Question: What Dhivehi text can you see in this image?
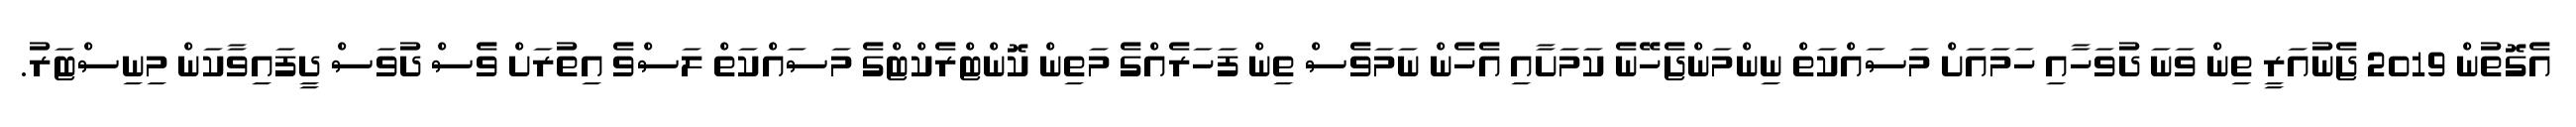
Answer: އެގޮތުން 2019 ޖެނުއަރީ ތިން ވަނަ ދުވަހާއި ހަމައަށް މަސައްކަތް ނިންމަންޖެހޭނެ ކަމަށާއި އެހެން ނަމަވެސް ތިން ފަހަރެއްގެ މަތިން ކޮންޓްރެކްޓްގެ މަސައްކަތް ލަސްވެ އިތުރަށް ވެސް ދުވަސް ދީފައިވާކަން މިނިސްޓަރު.